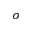
\sigma